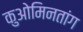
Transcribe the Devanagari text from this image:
कुओमिनतांग